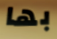
بها